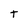
Character: t